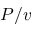
P / v